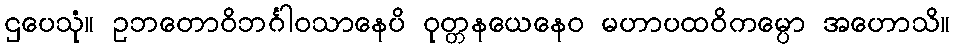
ဌပေသုံ။ ဥဘတောဝိဘင်္ဂါဝသာနေပိ ဝုတ္တနယေနေဝ မဟာပထဝိကမ္ပော အဟောသိ။